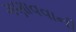
ગણાવવાની